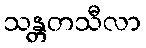
သန္တတသီလာ